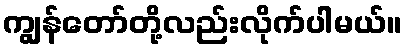
ကျွန်တော်တို့လည်းလိုက်ပါမယ်။